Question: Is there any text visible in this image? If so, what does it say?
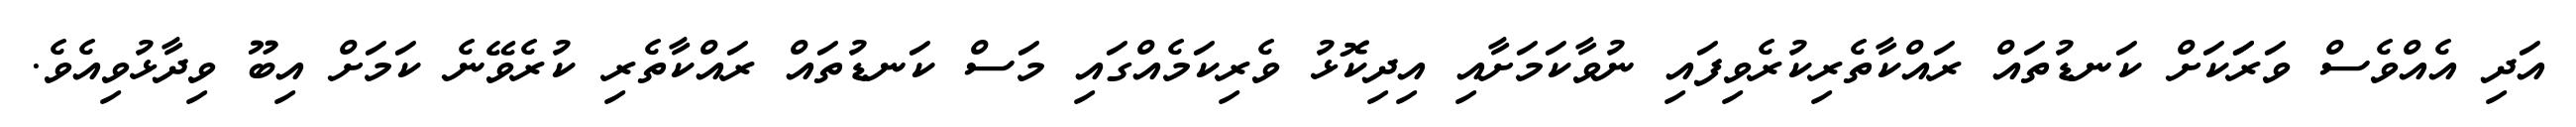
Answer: އަދި އެއްވެސް ވަރަަކަށް ކަނޑުތައް ރައްކާތެރިކުރެވިފައި ނުވާކަމަށާއި އިދިކޮޅު ވެރިކަމެއްގައި މަސް ކަނޑުތައް ރައްކާތެރި ކުރެވޭނެ ކަމަށް އިބޫ ވިދާޅުވިއެވެ.